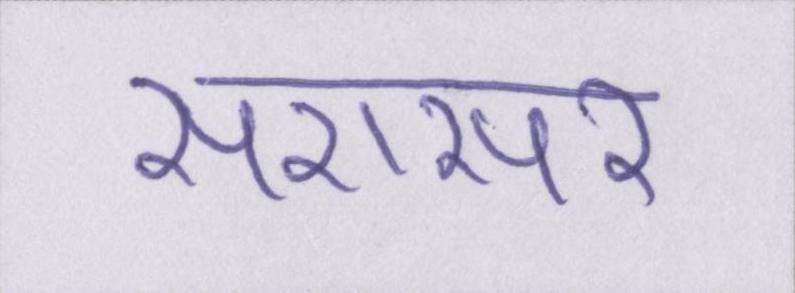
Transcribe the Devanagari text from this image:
सरासर